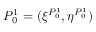
P _ { 0 } ^ { 1 } = ( \xi ^ { P _ { 0 } ^ { 1 } } , \eta ^ { P _ { 0 } ^ { 1 } } )